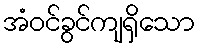
အံဝင်ခွင်ကျရှိသော